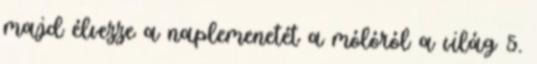
majd élvezze a naplemenetét a mólóról a világ 5.